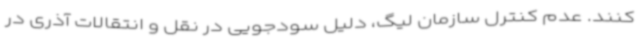
کنند. عدم کنترل سازمان لیگ، دلیل سودجویی در نقل و انتقالات آذری در